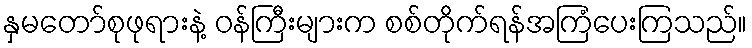
နှမတော်စုဖုရားနဲ့ ဝန်ကြီးများက စစ်တိုက်ရန်အကြံပေးကြသည်။